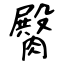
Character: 臋